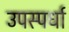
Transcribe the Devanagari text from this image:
उपस्पर्धा